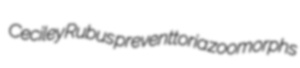
Ceciley Rubus preventtoria zoomorphs